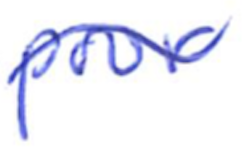
Text: poor
Cross-out: wave
Writing tool: ballpoint